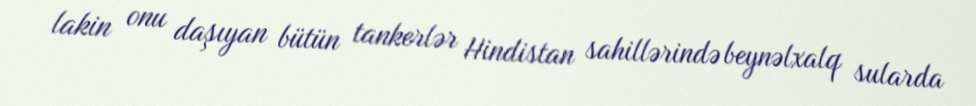
lakin onu daşıyan bütün tankerlər Hindistan sahillərində beynəlxalq sularda